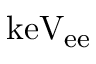
\mathrm { k e V _ { e e } }